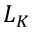
L _ { K }